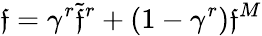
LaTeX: \mathfrak{f}=\gamma^{r}\widetilde{{\mathfrak{f}}}^{r}+(1-\gamma^{r})\mathfrak{f}^{M}